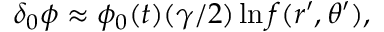
\delta _ { 0 } \phi \approx \phi _ { 0 } ( t ) ( \gamma / 2 ) \ln f ( r ^ { \prime } , \theta ^ { \prime } ) ,